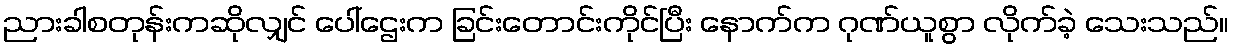
ညားခါစတုန်းကဆိုလျှင် ပေါ်ဌေးက ခြင်းတောင်းကိုင်ပြီး နောက်က ဂုဏ်ယူစွာ လိုက်ခဲ့ သေးသည်။